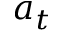
a _ { t }